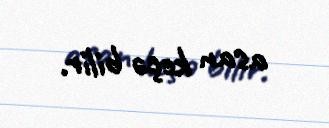
asan keçə bilir.